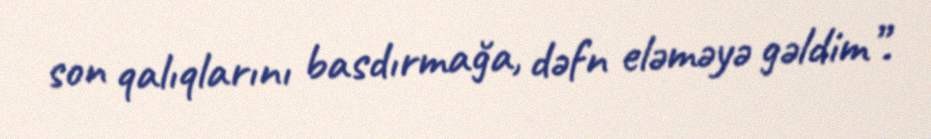
son qalıqlarını basdırmağa, dəfn eləməyə gəldim”.